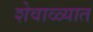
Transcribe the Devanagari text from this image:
शेवाळ्यात